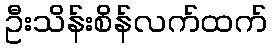
ဦးသိန်းစိန်လက်ထက်